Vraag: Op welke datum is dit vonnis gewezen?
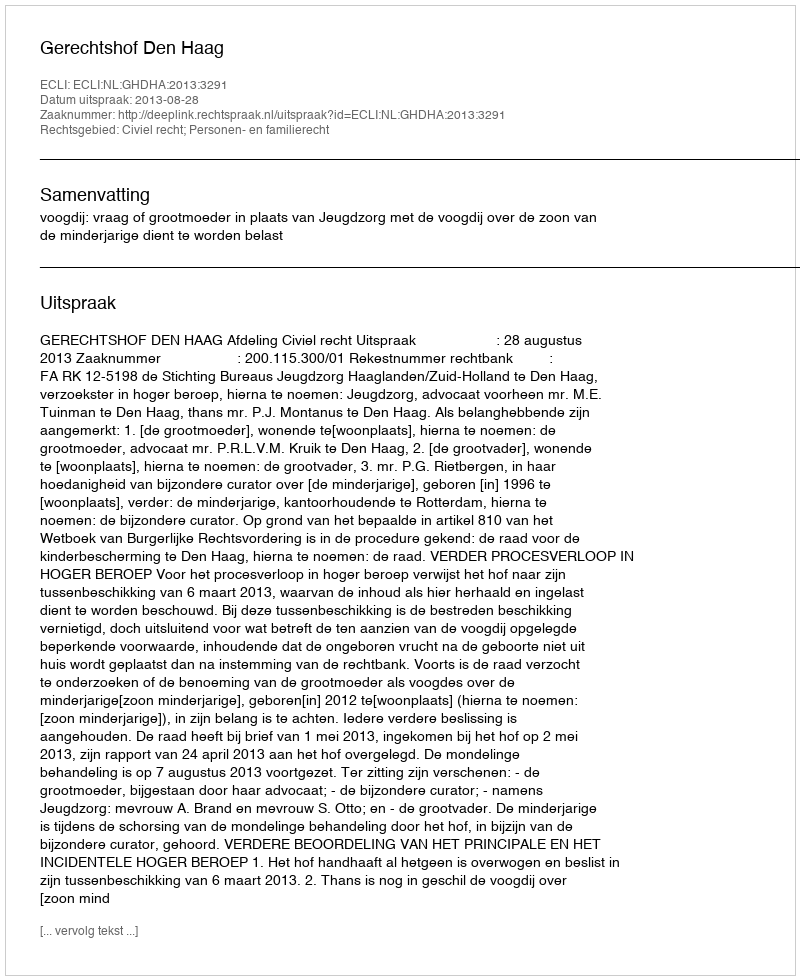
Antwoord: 2013-08-28